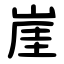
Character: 崖